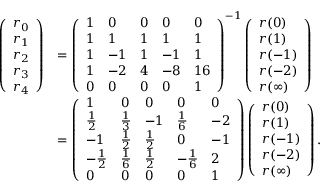
{ \begin{array} { r l } { \left( { \begin{array} { l } { r _ { 0 } } \\ { r _ { 1 } } \\ { r _ { 2 } } \\ { r _ { 3 } } \\ { r _ { 4 } } \end{array} } \right) } & { = \left( { \begin{array} { l l l l l } { 1 } & { 0 } & { 0 } & { 0 } & { 0 } \\ { 1 } & { 1 } & { 1 } & { 1 } & { 1 } \\ { 1 } & { - 1 } & { 1 } & { - 1 } & { 1 } \\ { 1 } & { - 2 } & { 4 } & { - 8 } & { 1 6 } \\ { 0 } & { 0 } & { 0 } & { 0 } & { 1 } \end{array} } \right) ^ { - 1 } \left( { \begin{array} { l } { r ( 0 ) } \\ { r ( 1 ) } \\ { r ( - 1 ) } \\ { r ( - 2 ) } \\ { r ( \infty ) } \end{array} } \right) } \\ & { = \left( { \begin{array} { l l l l l } { 1 } & { 0 } & { 0 } & { 0 } & { 0 } \\ { { \frac { 1 } { 2 } } } & { { \frac { 1 } { 3 } } } & { - 1 } & { { \frac { 1 } { 6 } } } & { - 2 } \\ { - 1 } & { { \frac { 1 } { 2 } } } & { { \frac { 1 } { 2 } } } & { 0 } & { - 1 } \\ { - { \frac { 1 } { 2 } } } & { { \frac { 1 } { 6 } } } & { { \frac { 1 } { 2 } } } & { - { \frac { 1 } { 6 } } } & { 2 } \\ { 0 } & { 0 } & { 0 } & { 0 } & { 1 } \end{array} } \right) \left( { \begin{array} { l } { r ( 0 ) } \\ { r ( 1 ) } \\ { r ( - 1 ) } \\ { r ( - 2 ) } \\ { r ( \infty ) } \end{array} } \right) . } \end{array} }